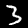
Digit: 3